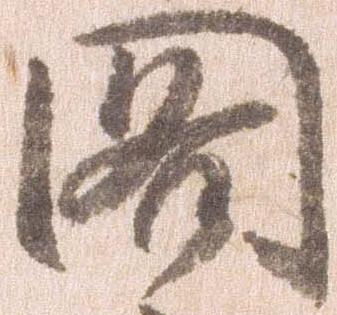
閣